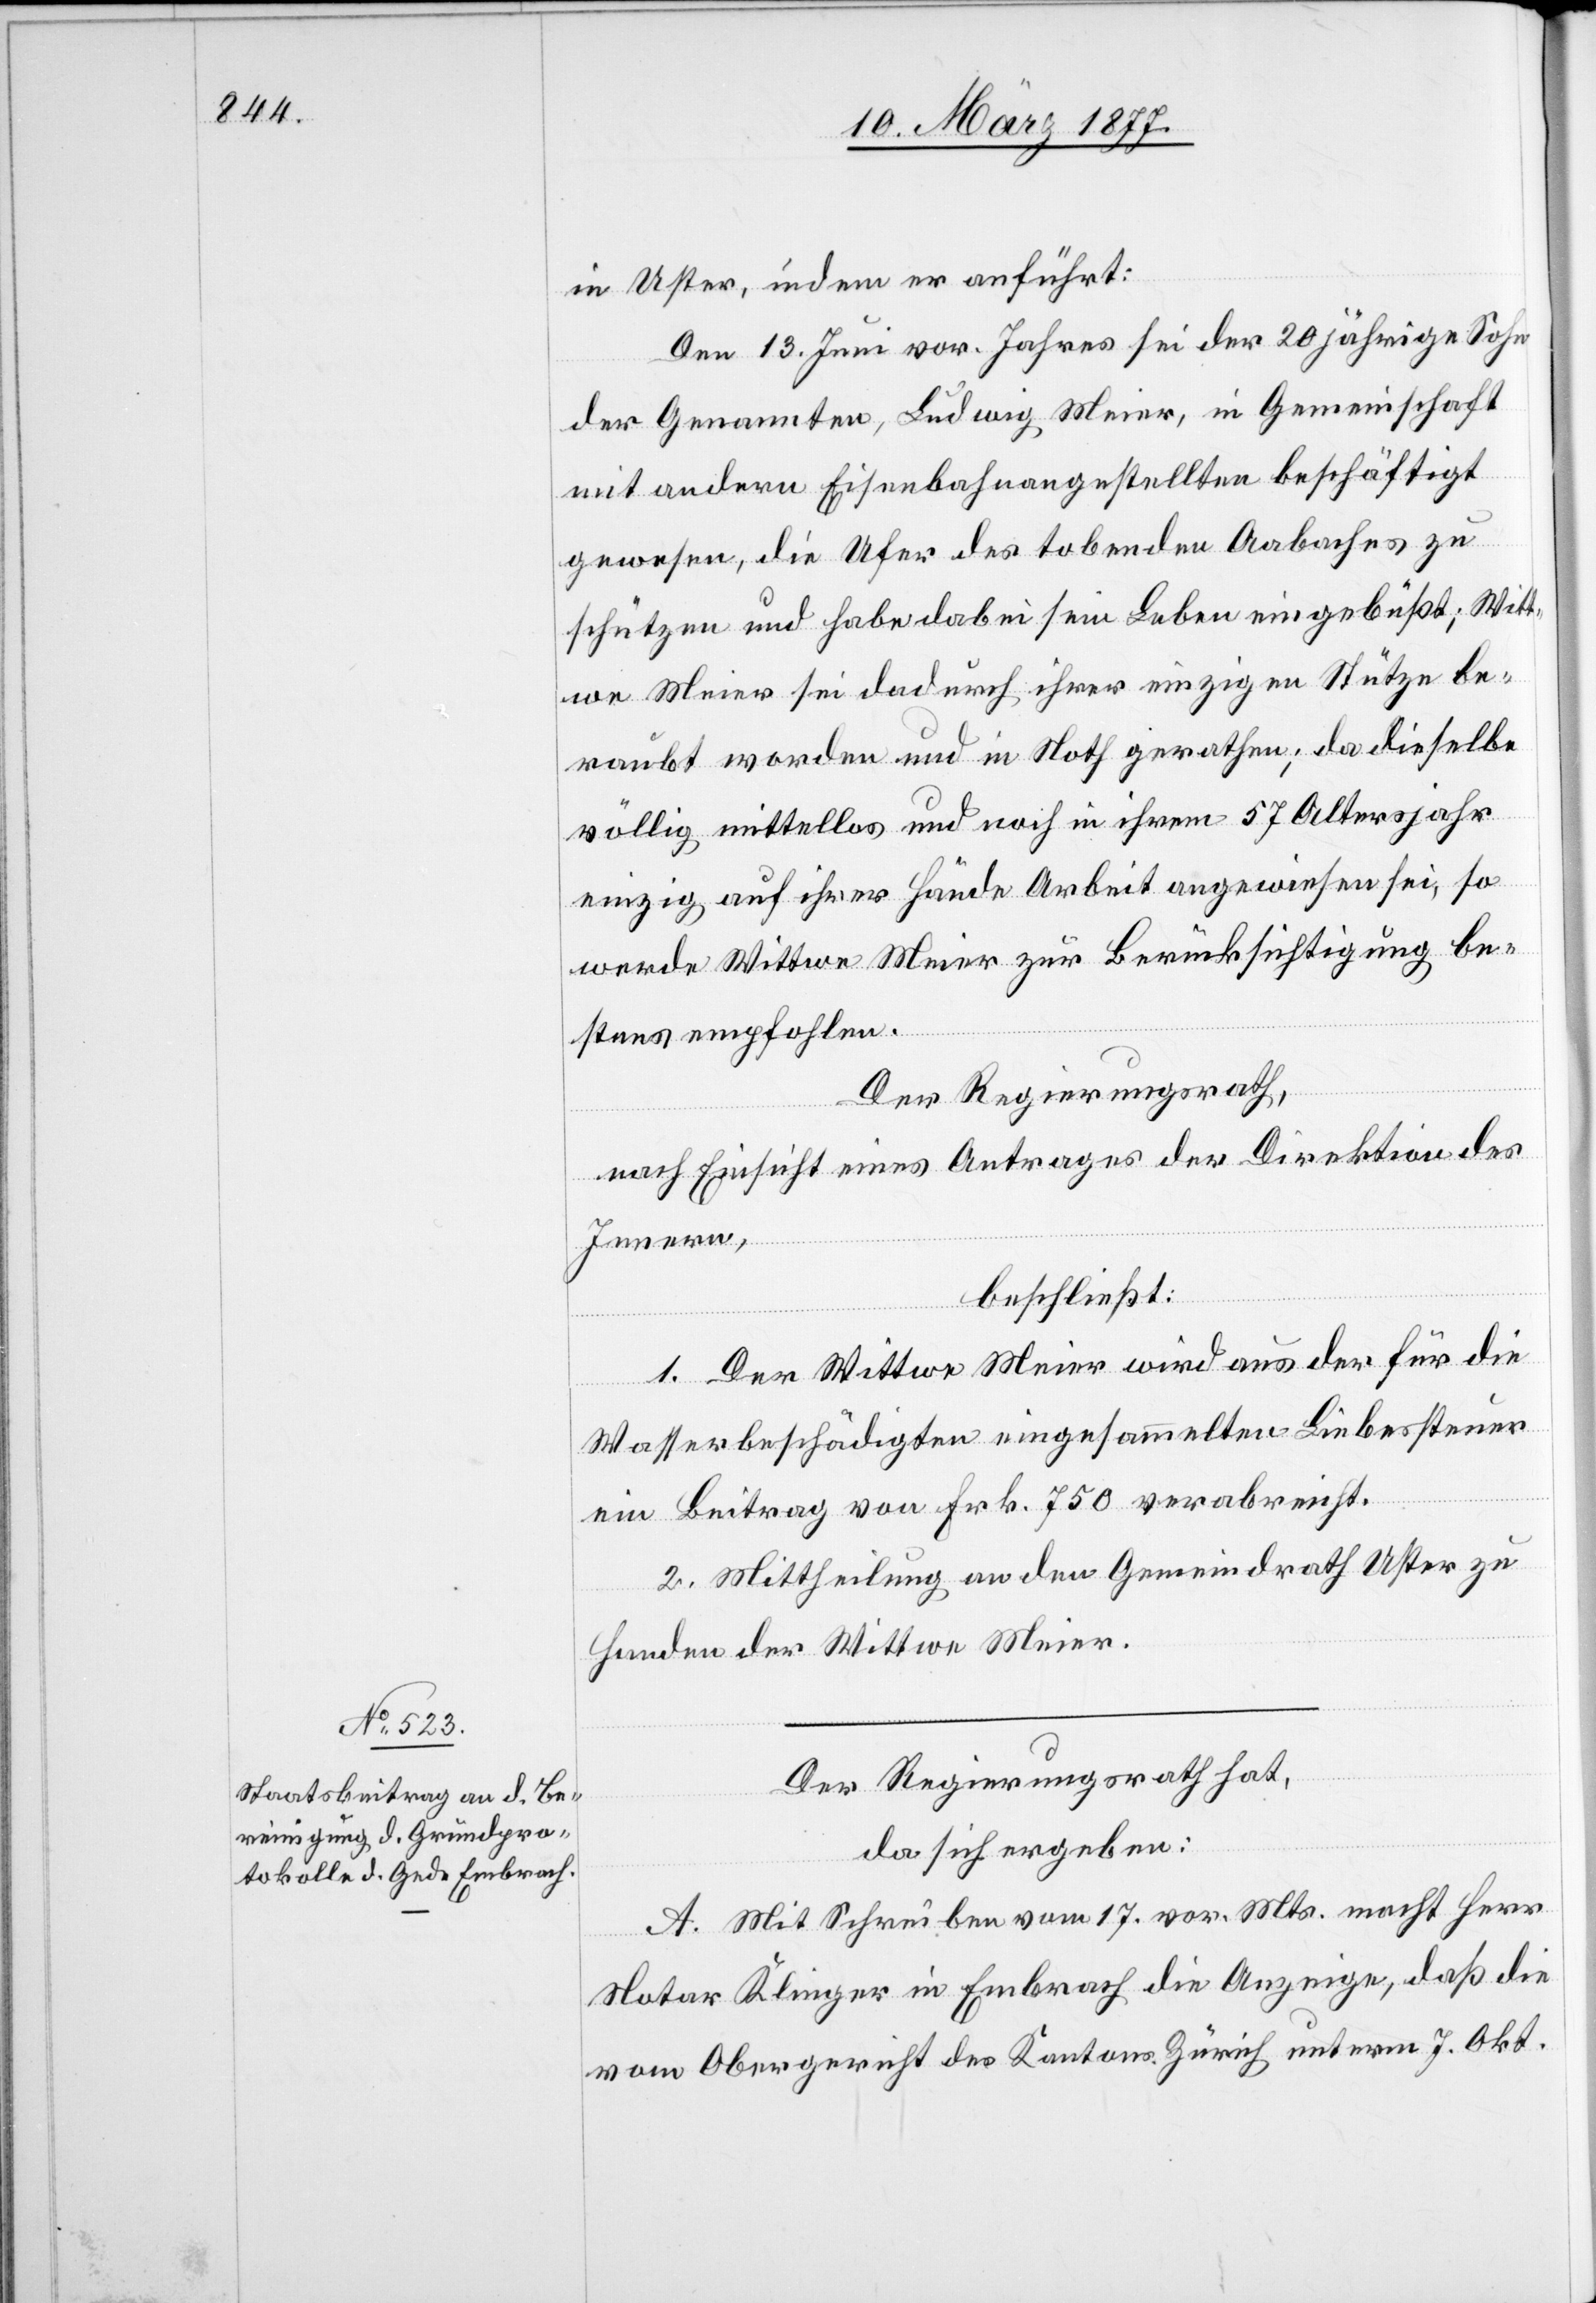
in Uster, indem er anführt:
Den 13. Juni vor. Jahres sei der 20 jährige Sohn
der Genannten, Ludwig Meier, in Gemeinschaft
mit andern Eisenbahnangestellten beschäftigt
gewesen, die Ufer des tobenden Aabaches zu
schützen und habe dabei sein Leben eingebüßt; Witt¬
we Meier sei dadurch ihrer einzigen Stütze be¬
raubt worden und in Noth gerathen; da dieselbe
völlig mittellos und noch in ihrem 57 Altersjahr
einzig auf ihrer Hände Arbeit angewiesen sei, so
werde Wittwe Meier zur Berücksichtigung be¬
stens empfohlen.
Der Regierungsrath,
nach Einsicht eines Antrages der Direktion des
Innern,
beschließt:
1. Der Wittwe Meier wird aus der für die
Wasserbeschädigten eingesammelten Liebessteuer
ein Beitrag von Frk. 750 verabreicht.
2. Mittheilung an den Gemeindrath Uster zu
Handen der Wittwe Meier.
Der Regierungsrath hat,
da sich ergeben:
A. Mit Schreiben vom 17. vor. Mts. macht Herr
Notar Klinger in Embrach die Anzeige, daß die
vom Obergericht des Kantons Zürich unterm 7. Okt.